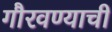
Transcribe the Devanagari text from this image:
गौरवण्याची